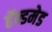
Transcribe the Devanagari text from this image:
हॅन्डमेड